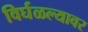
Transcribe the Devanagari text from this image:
विर्घळल्यावर